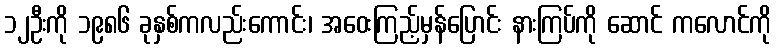
၁၂ဦးကို ၁၉၈၆ ခုနှစ်ကလည်းကောင်း၊ အဝေးကြည့်မှန်ပြောင်း နားကြပ်ကို ဆောင် ကလောင်ကို